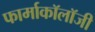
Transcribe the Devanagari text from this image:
फार्माकॉलॉजी